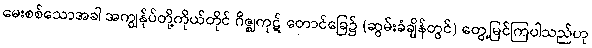
မေးစစ်သောအခါ အကျွန်ုပ်တို့ကိုယ်တိုင် ဂိဇ္ဈကုဋ် တောင်ခြေ၌ (ဆွမ်းခံချိန်တွင်) တွေ့မြင်ကြပါသည်ဟု